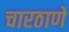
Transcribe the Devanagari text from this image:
चारठाणे